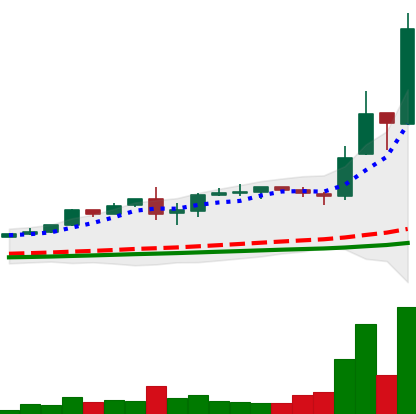
Ticker: LTC-USD
Chart end date: 2017-12-11
Forward return: 39.574%
Label: up_7plus